Materia medica of Madras volume I
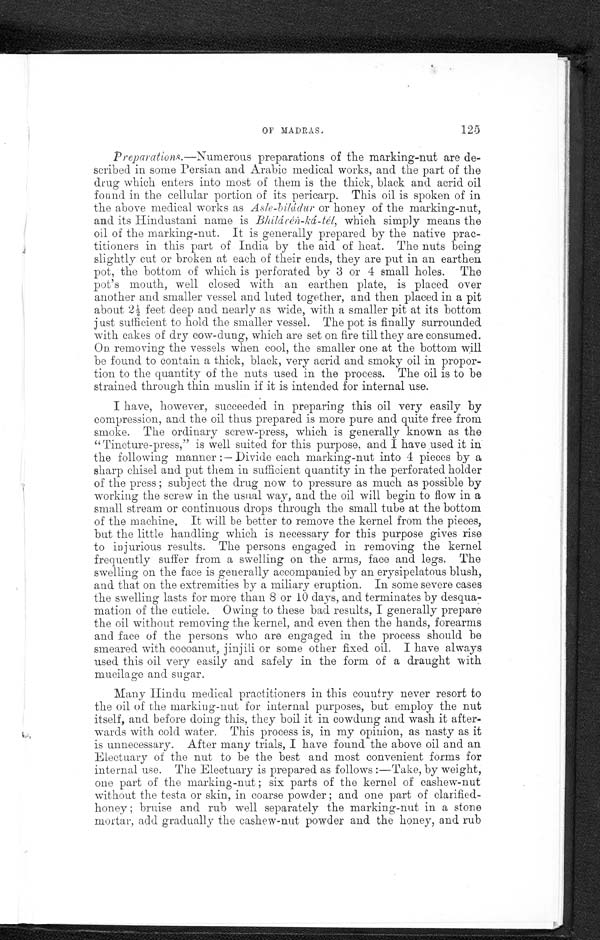
OF MADRAS.
125
Preparations.—Numerous preparations of the marking-nut are de-
scribed in some Persian and Arabic medical works, and the part of the
drug which enters into most of them is the thick, black and acrid oil
found in the cellular portion of its pericarp. This oil is spoken of in
the above medical works as Asle-bilàdur or honey of the marking-nut,
and its Hindustani name is Bhilàcén-kà-tél, which simply means the
oil of the marking-nut. It is generally prepared by the native prac-
titioners in this part of India by the aid of heat. The nuts being
slightly cut or broken at each of their ends, they are put in an earthen
pot, the bottom of which is perforated by 3 or 4 small holes. The
pot's mouth, well closed with an earthen plate, is placed over
another and smaller vessel and luted together, and then placed in a pit
about 2 1/2f e e t d e e p a n d n e a r l y a s w i d e , w i t h a s m a l l e r p i t a t i t s b o t t o m
just sufficient to hold the smaller vessel. The pot is finally surrounded
with cakes of dry cow-dung, which are set on fire till they are consumed.
0nr e m o v i n g t h e v e s s e l s w h e n c o o l , t h e s m a l l e r o n e a t t h e b o t t o mw
i l l
be found. to contain a thick, black, very acrid and smoky oil in propor-
tion to the quantity of the nuts used in the process. The oil is to be
strained through thin muslin if it is intended for internal use.
I have, however, succeeded in preparing this oil very easily by
compression, and the oil thus prepared is more pure and quite free from
smoke. The ordinary screw-press, which is generally known as the
"Tincture-press," is well suited for this purpose, and I have used it in
the following manner :— Divide each marking-nut into 4 pieces by a
sharp chisel and put them in sufficient quantity in the perforated holder
of the press ; subject the drug now to pressure as much as possible by
working the screw in the usual way, and the oil will begin to flow in a
small stream or continuous drops through the small tube at the bottom
of the machine. It will be better to remove the kernel from the pieces,
but the little handling which is necessary for this purpose gives rise
to injurious results. The persons engaged in removing the kernel
frequently suffer from a swelling on the arms, face and legs. The
swelling on the face is generally accompanied by an erysipelatous blush,
and that on the extremities by a miliary eruption. In some severe cases
the swelling lasts for more than 8 or 10 days, and terminates by desqua-
mation of the cuticle. Owing to these bad results, I generally prepare
the oil without removing the kernel, and even then the hands, forearms
and face of the persons who are engaged in the process should be
smeared with cocoanut, jinjili or some other fixed oil. I have always
used this oil very easily and safely in the form of a draught with
mucilage and sugar.
Many Hindu medical practitioners in this country never resort to
the oil of the marking-nut for internal purposes, but employ the nut
itself, and before doing this, they boil it in cowdung and wash it after-
wards with cold water. This process is, in my opinion, as nasty as it
is unnecessary. After many trials, I have found the above oil and an
Electuary of the nut to be the best and most convenient forms for
internal use. The Electuary is prepared as follows :—Take, by weight,
one part of the marking-nut ; six parts of the kernel of cashew-nut
without the testa or skin, in coarse powder ; and one part of clarified-
honey ; bruise and rub well separately the marking-nut in a stone
mortar, acid gradually the cashew-nut powder and the honey, and rub